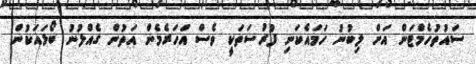
ސައުތުހެމްޓަން އަށް ލިބުނު ހަމައެކަނި ފުރުސަތަކީ ވެސް އަހަރެމެން އަތުން ގެއްލުނު ބޯޅައަކުން